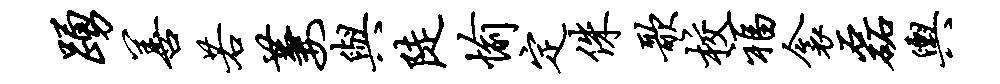
踊善若萋与陡愉定侏歌校福衾磊舆